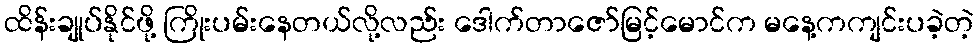
ထိန်းချုပ်နိုင်ဖို့ ကြိုးပမ်းနေတယ်လို့လည်း ဒေါက်တာဇော်မြင့်မောင်က မနေ့ကကျင်းပခဲ့တဲ့